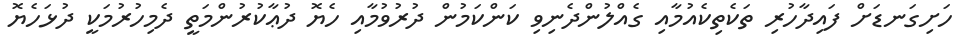
ހަށިގަނޑަށް ފައިދާހުރި ތަކެތިކެއުމާއި ގެއްލުންދެނިވި ކަންކަމުން ދުރުވުމާއި ހެޔޮ ދުޢާކުރުންމަތީ ދެމިހުރުމަކީ ދުޅަހެޔޮ